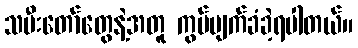
သမီးတော်တွေနဲ့အတူ ကွပ်မျက်ခံခဲ့ရပါတယ်။